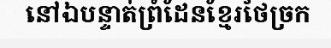
នៅឯបន្ទាត់ព្រំដែនខ្មែរថៃច្រក